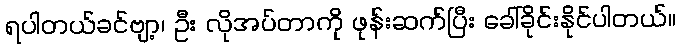
ရပါတယ်ခင်ဗျာ့၊ ဦး လိုအပ်တာကို ဖုန်းဆက်ပြီး ခေါ်ခိုင်းနိုင်ပါတယ်။